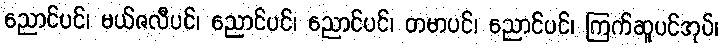
ညောင်ပင်၊ မယ်ဇလီပင်၊ ညောင်ပင်၊ ညောင်ပင်၊ တမာပင်၊ ညောင်ပင်၊ ကြက်ဆူပင်အုပ်၊